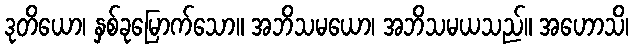
ဒုတိယော၊ နှစ်ခုမြောက်သော။ အဘိသမယော၊ အဘိသမယသည်။ အဟောသိ၊